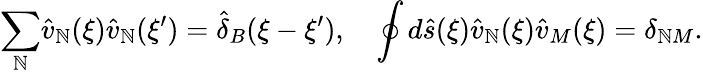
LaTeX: {\sum_{\mathbb{N}}}{\hat{{v}}_{\mathbb{N}}}(\xi){\hat{{v}}_{\mathbb{N}}}(\xi^{\prime})={\hat{{\delta}}_{B}}(\xi-\xi^{\prime}),\quad\oint{d}\hat{{s}}(\xi){\hat{{v}}_{\mathbb{N}}}(\xi){\hat{{v}}_{M}}(\xi)={\delta_{\mathbb{N}M}}.